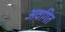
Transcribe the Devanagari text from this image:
अवगित